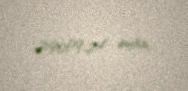
29009,24 man.